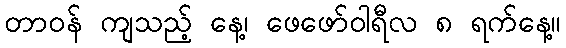
တာဝန် ကျသည့် နေ့၊ ဖေဖော်ဝါရီလ ၈ ရက်နေ့။